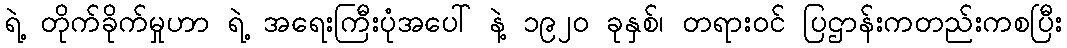
ရဲ့ တိုက်ခိုက်မှုဟာ ရဲ့ အရေးကြီးပုံအပေါ် နဲ့ ၁၉၂၀ ခုနှစ်၊ တရားဝင် ပြဌာန်းကတည်းကစပြီး